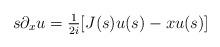
LaTeX: \begin{align*}s\partial_x u = \tfrac{1}{2i}[J(s)u(s)-xu(s)]\end{align*}